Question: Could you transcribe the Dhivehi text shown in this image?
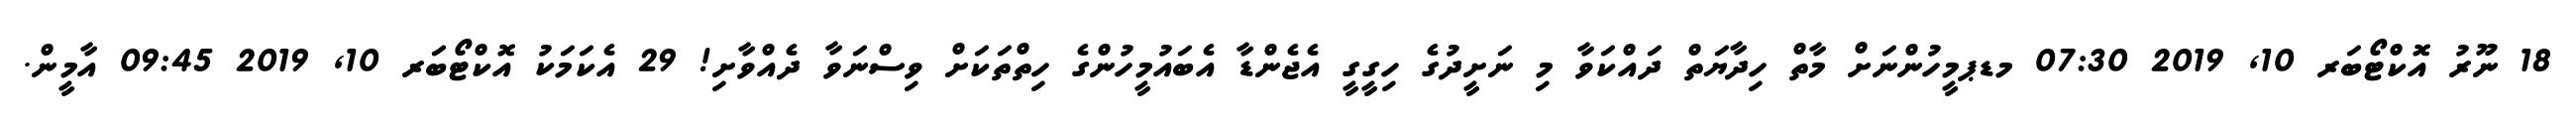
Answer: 18 ނޫރު އޮކްޓޯބަރ 10, 2019 07:30 މޑޕމީހުންނަށް މާތް ހިދާޔަތް ދައްކަވާ މި ނަށީދުގެ ހިގީގީ އެޖެންޑާ އެބައުމީހުންގެ ހިތްތަކަށް ވިސްނަވާ ދެއްވާށި! 29 އެކަމަކު އޮކްޓޯބަރ 10, 2019 09:45 އާމީން.